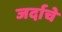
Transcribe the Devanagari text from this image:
जर्दाचे